Bréfritari: Margrét Bjarnadóttir
Viðtakandi: Jón Borgfirðings Jónsson
Dagsetning: A-1895-12-01
Skrifað á: Reykjavík  Gull.

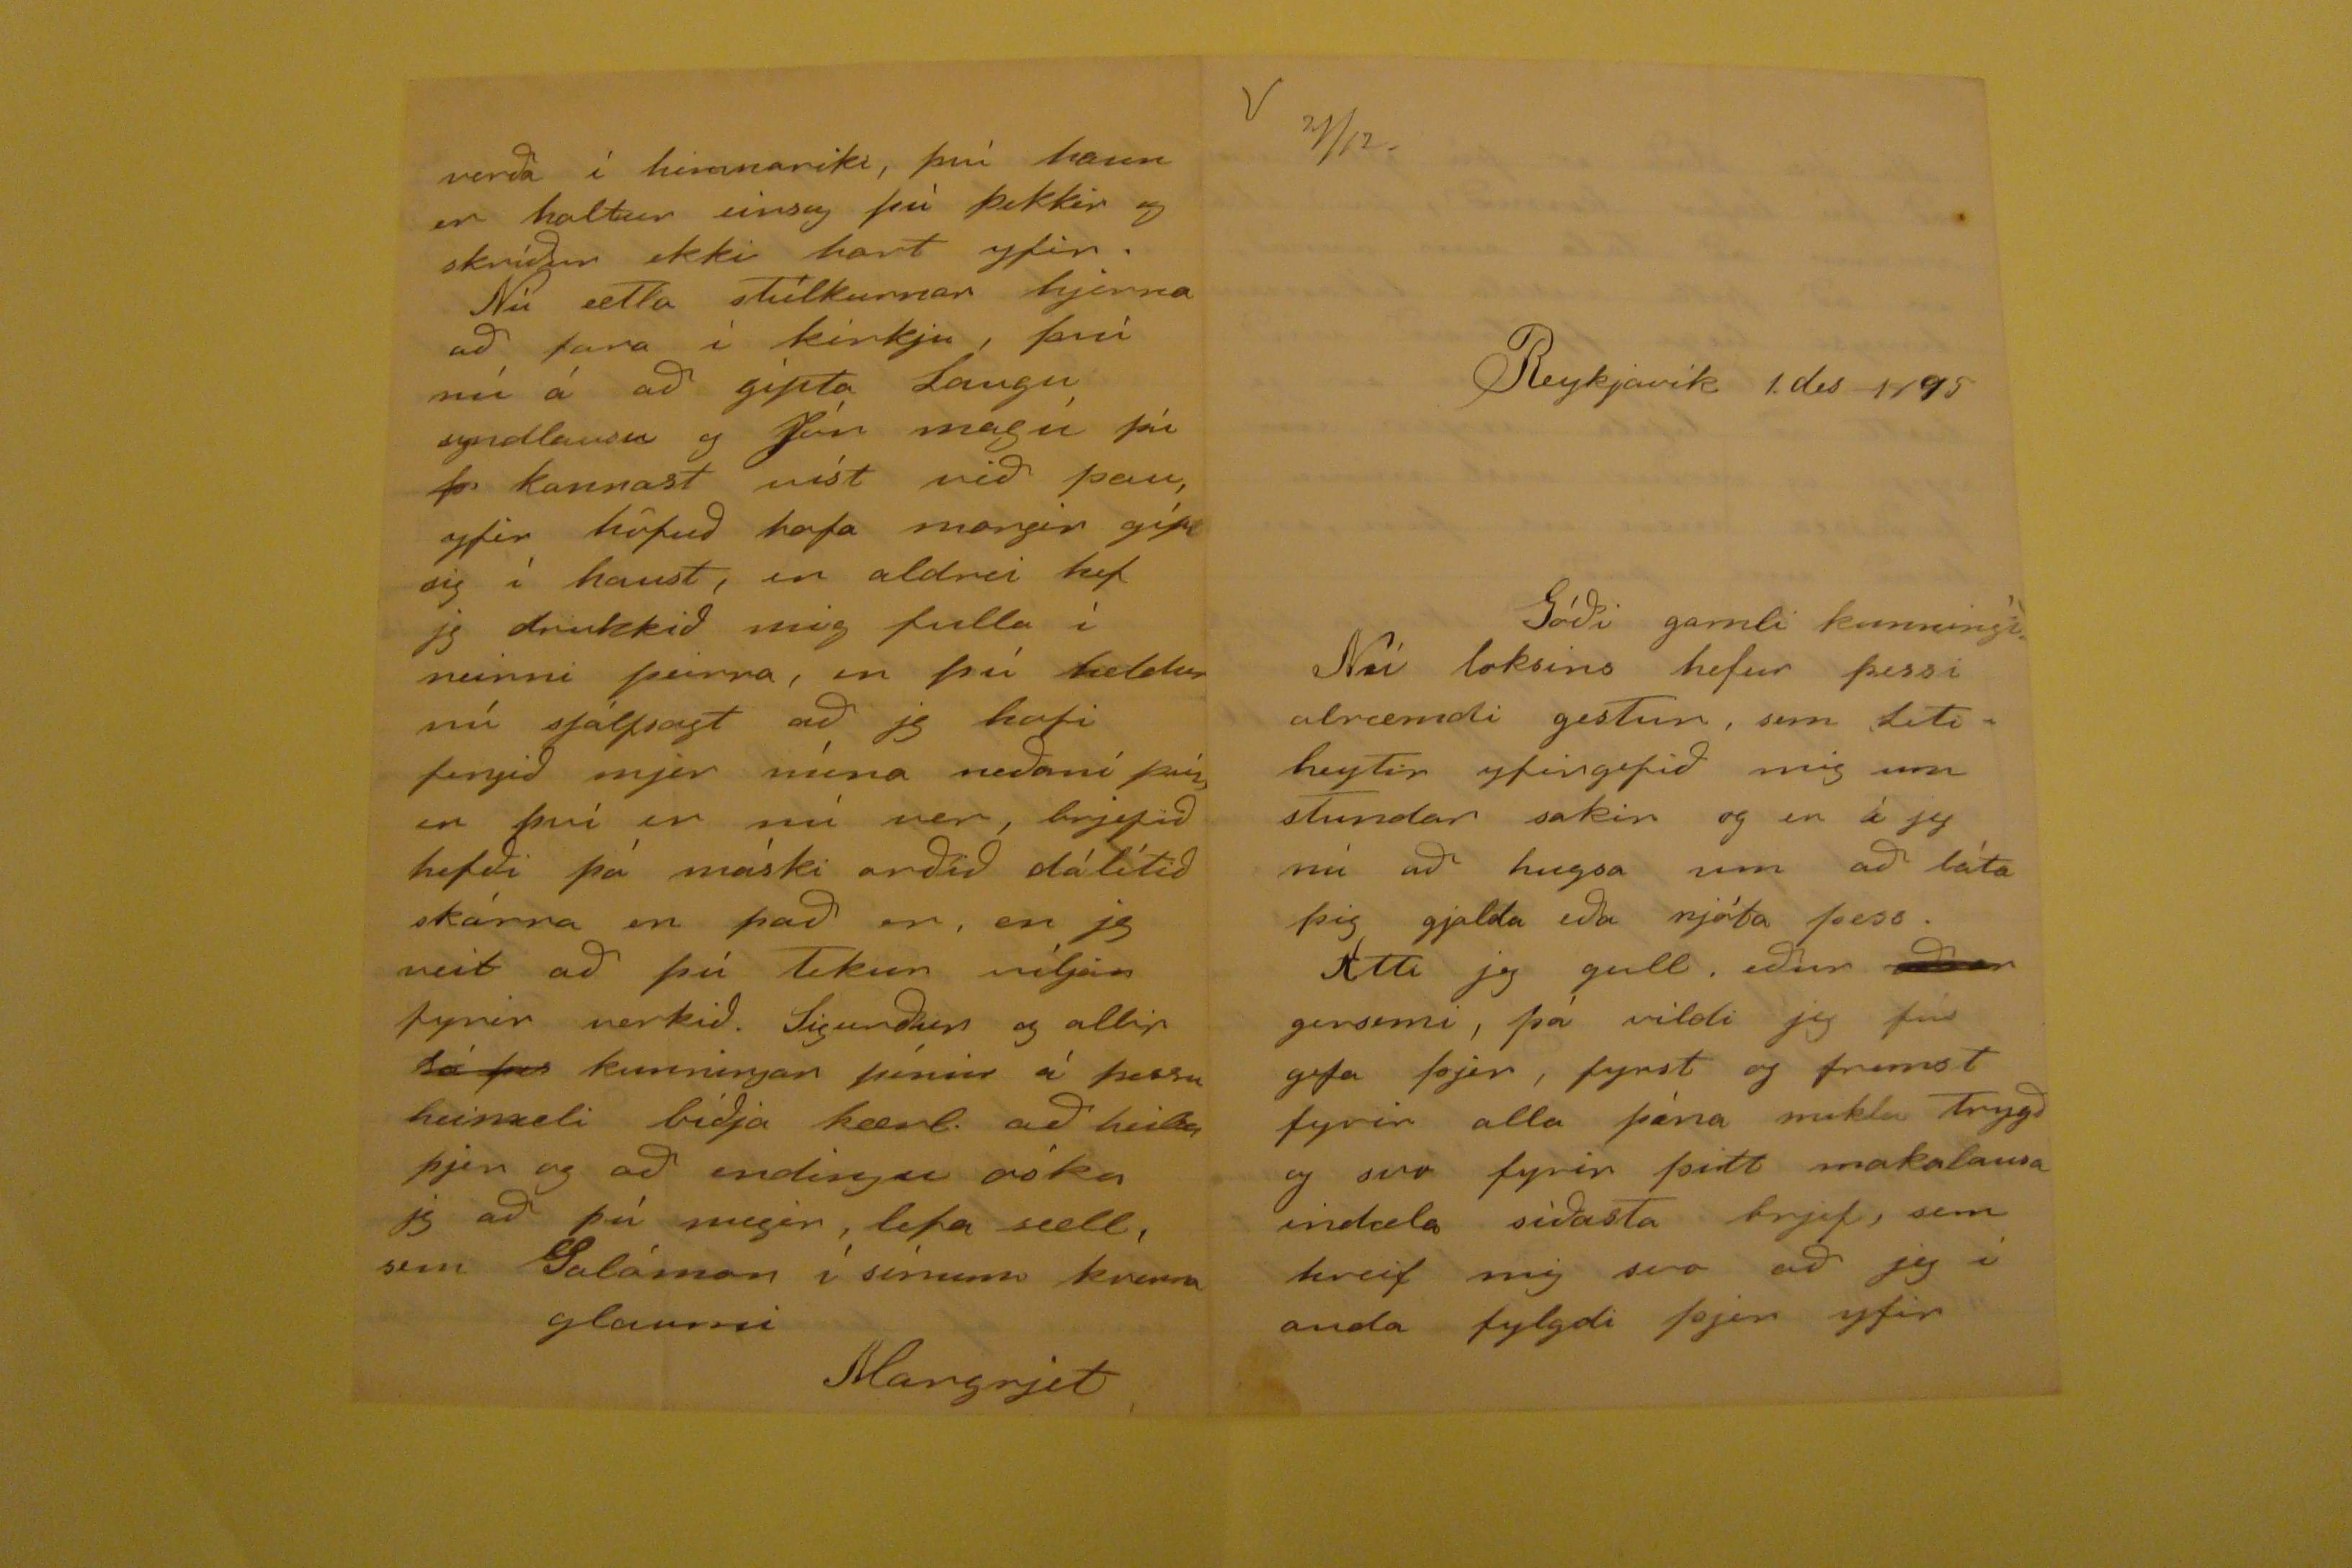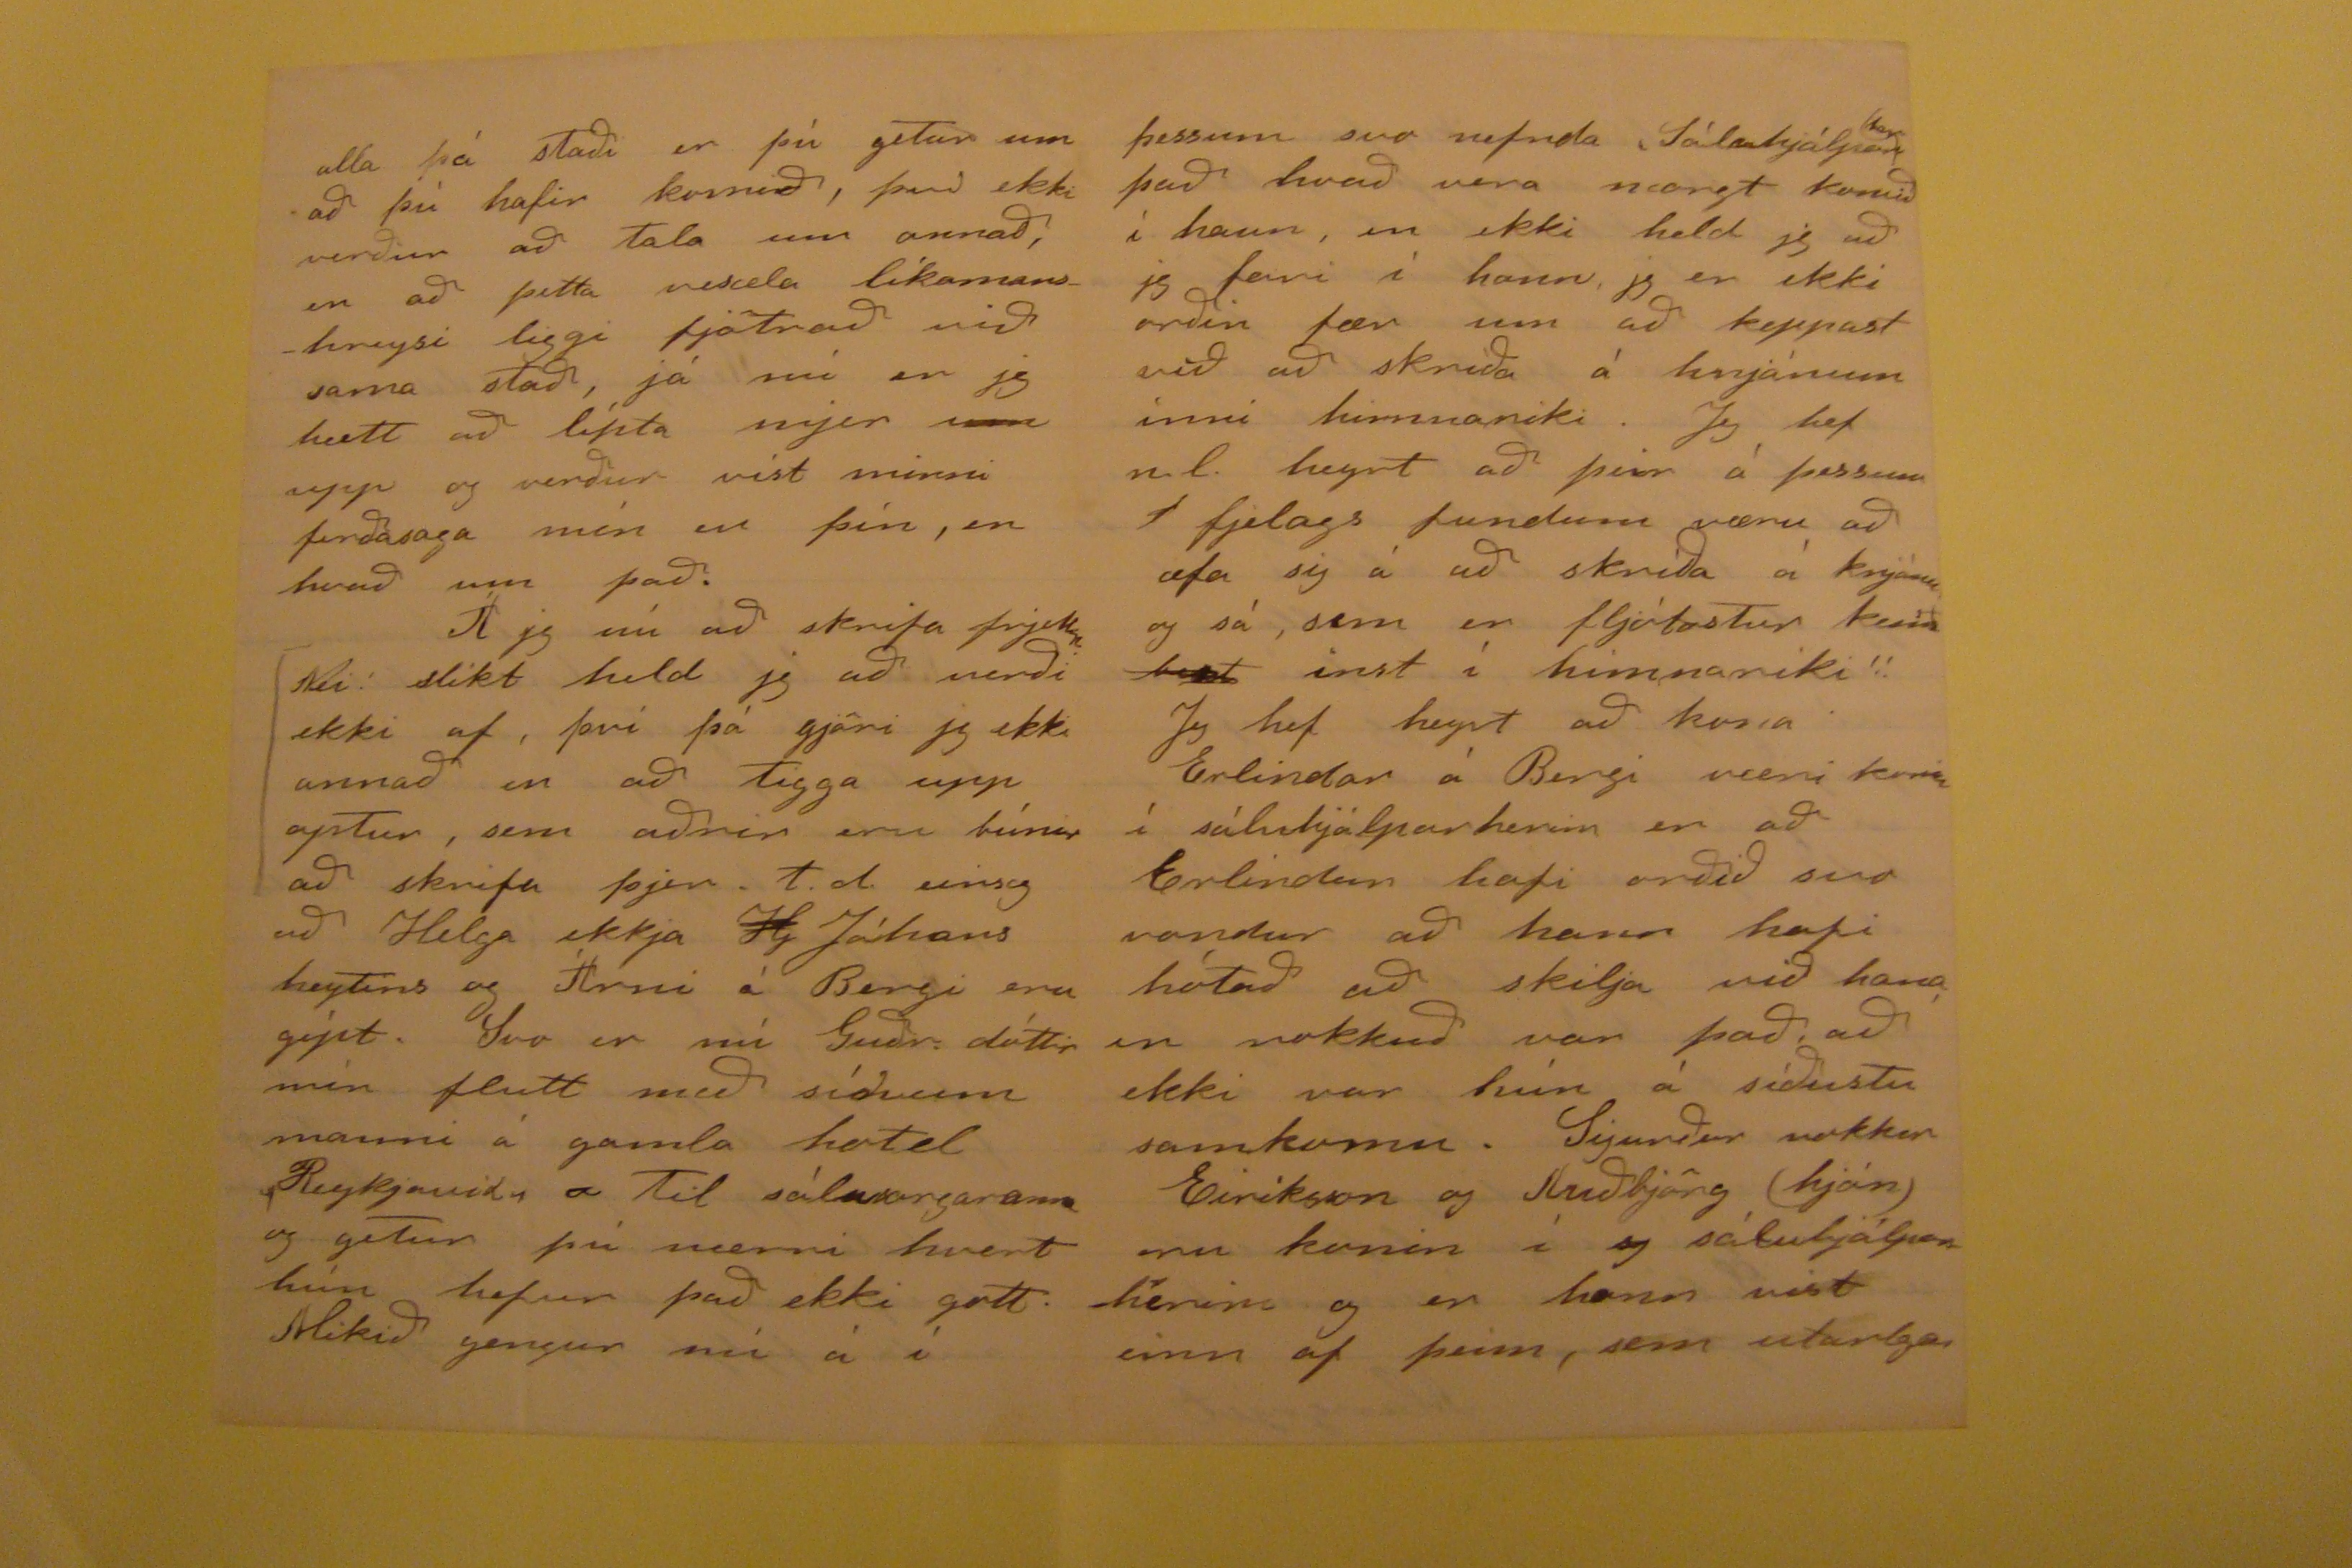

Reykjavik 1. des 1895
Góði gamli kunningi
Nú loksins hefur þessi alræmdi gestur, sem leti heytir yfirgefið mig um stundar saki rog en á jeg nú að hugsa um að láta þig gjalda eða njóta þess. Ætti jeg gull, eður
eður
gersemi, þá vildi jeg
fúr
gefa þjer, fyrst og fremst fyrir alla þína miklu trygð og svo fyrir þitt makalausa indæla siðasta brjef, sem kveif mig svo að jeg í anda fylgdi þjer yfir
alla þá staði er þú getur um að þú hafir komið, því ekki verður að tala um annað, en að þetta vesæla líkamanshreysi liggi fjötrað við sama stað, já nú er jeg hætt að
lípta
mjer
um
upp og verður vist minni ferðasaga mín en þín, en hvað um það. Á jeg nú að skrifa
frjettir
Nei! slíkt held jeg að verði ekki af, því þá gjöri jeg ekki annað en að tigga upp aptur, sem aðrir eru búnir að skrifa þjer. t.d. einsog að HElga ekkja
H
Jóhans heytins og ÁRni á BErgi eru gipt. Svo er nú Guðr. dóttir mín flutt með sínum manni á gamla hotel REykjavik, a til
sálasorgarann
og getur þú nærri hvert hún hefur það ekki gott Mikið gengur nú á í
þessum svo nefnda Sálahjálpar
fer
það hvað vera nærgt komið í hann, en ekki held jeg að jeg fari í hann, jeg er ekki orðin fær um að keppast við að skríða á hnjánum inni himnariki. Jeg hef n.l. heyrt að þeir á þessum í fjelags fundum væru að æfa sig á að skríða á knjánu og sá, sem er fljótastur
ken?
best
inst í himnariki!! JEg hef heyrt að kona Erlindar á Bergi væri komin í sáluhjálparherin er að Erlindur hafi orðið svo vondur að hann hafi hótað að skilja við hana en nokkuð var það, að ekki var hún á síðustu samkomu.
Guðbjörg
(hjón) eru komin í
og
sáluhjálparherins og er hann vist einn af þeim, sem utarlega
verða í himnariki, því hann er haltur einsog þú þekkir og skríður ekki hart yfir. Nú ætla stúlkurnar hjerna að fara í kirkju, því nú á að gipta Laugu syndlausa og Jón
magú
þú
þ
kannast víst við þau, yfir höfuð hafa margir gipt sig í haust, en aldrei hef jeg drukkið mig fulla í neinni þeirra, en þú heldur nú sjálfsagt að jeg hafi fengið mjer núna neðaní því er því er nú ver, brjefið hefði þá máski orðið dálítið skárra en það er, en jeg veit að þú tekur viljan fyrir verkið. Sigurður og allir
Já far
kunningar þínir á þessu heimeli biðja kærl. að heilsa þjer og að endingu óska jeg að þú megir, lefa sæll, sem Salaman í sinum
krima
glaumi
Margrjet